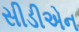
સીડીએન